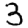
Digit: 3